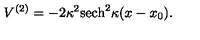
V ^ { ( 2 ) } = - 2 \kappa ^ { 2 } \mathrm { s e c h } ^ { 2 } \kappa ( x - x _ { 0 } ) .